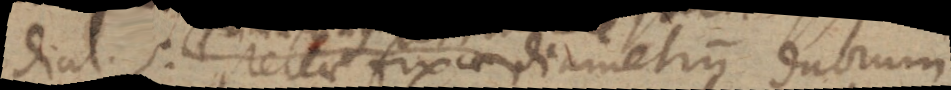
dial. 5, stellae fixae diametrum duorum